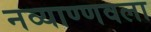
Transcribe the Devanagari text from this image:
नव्याण्णवला